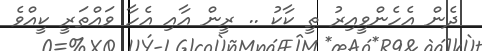
ދެން އެހެންވީއިރު ތީ ކާކު .. ރީން އާއި އެހާ ވައްތަރީ ކީއްވެ